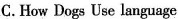
C.How Dogs Use language